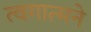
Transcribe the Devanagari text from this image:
त्वगात्मने